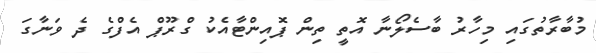
މުބާރާތުގައި މިހާރު ބާސެލޯނާ އޮތީ ތިން ޕޮއިންޓާއެކު ގްރޫޕް އެފްގެ ދެ ވަނާގަ